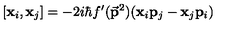
[ { \bf { x } } _ { i } , { \bf { x } } _ { j } ] = - 2 i \hbar f ^ { \prime } ( { \bf \vec { p } } ^ { 2 } ) ( { \bf { x } } _ { i } { \bf { p } } _ { j } - { \bf { x } } _ { j } { \bf { p } } _ { i } )